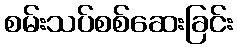
စမ်းသပ်စစ်ဆေးခြင်း